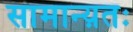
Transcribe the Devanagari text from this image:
सामान्य़तः